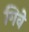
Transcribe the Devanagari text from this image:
गिवे